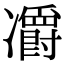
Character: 𠘣